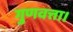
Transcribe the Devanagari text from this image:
गुणवत्ता।